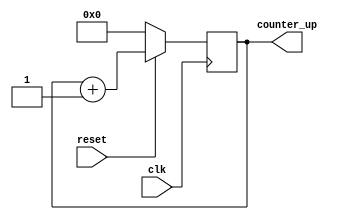
module up_counter(clk, reset, counter_up);
input clk, reset;
output reg [3:0] counter_up;
// up counter
/*This always block will be triggered at the rising edge of clk (0->1).Once inside this block,it checks if the reset is 0,
if yes then change out to zero.If reset is 1,then design should be allowed to count up,so increment counter*/
always @(posedge clk)
begin
if(reset==0)
counter_up <= 4'b0000;
else
counter_up <= counter_up + 4'b0001;
end
endmodule